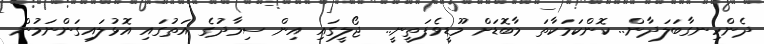
ދެންހިނގާބަލަދާން.. ކޮންކަމަކާތަ މާބޮޑަށް މޫޑީވެފަތީނީ..  ޖޯލީގައި އިން ސިމާދުގެ އަތުގައި އޮޅުލައިގަންނަމުން